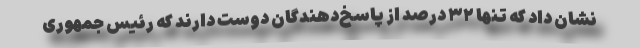
نشان داد که تنها ۳۲ درصد از پاسخ‌دهندگان دوست دارند که رئیس جمهوری